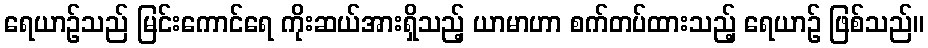
ရေယာဉ်သည် မြင်းကောင်ရေ ကိုးဆယ်အားရှိသည့် ယာမာဟာ စက်တပ်ထားသည့် ရေယာဉ် ဖြစ်သည်။